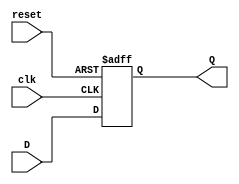
`timescale 1ns / 1ps
module d_flip_flop (
  input wire D,    
  input wire clk,  
  input wire reset, 
  output wire Q    
);

  reg Q_reg; 
  always @(posedge clk or posedge reset) begin
    if (reset) begin
      Q_reg <= 1'b0; 
    end else begin
      Q_reg <= D;   
    end
  end
  assign Q = Q_reg;
endmodule